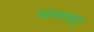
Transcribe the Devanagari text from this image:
चाडपासून